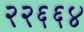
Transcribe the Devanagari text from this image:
२२६६४